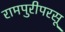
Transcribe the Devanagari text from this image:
रामपुरीपरसू